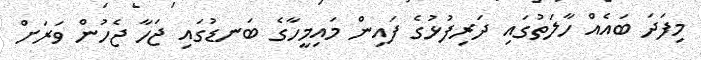
މިފަދަ ބައެއް ހާލަތުގައި ދަރިފުޅުގެ ފައިން މައިމީހާގެ ބަނޑުގައި ޖަހާ ޖެހުން ވަރަށް